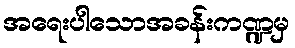
အရေးပါသောအခန်းကဏ္ဍမှ